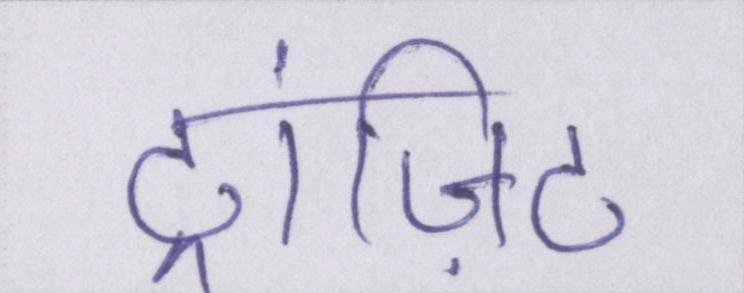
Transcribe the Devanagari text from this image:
ट्रांज़िट